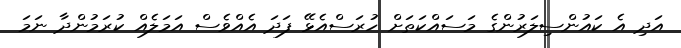
އަދި އެ ކައުންސިލަރުންގެ މަސައްކަތަށް ހުރަސްއެޅޭ ފަދަ އެއްވެސް އަމަލެއް ކުރަމުންދާ ނަމަ